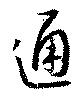
通